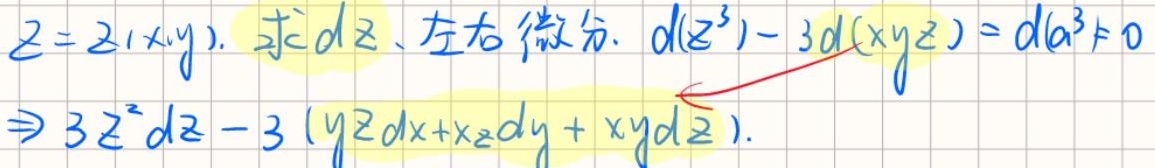
\(z = z(x,y)\). 求\(dz\). 左右微分. \(d(z^{3})-3d(xyz)=d(a^{3})\)（此处疑似\(d(a^{3}) = 0\) ，原图片 \(d(a^{3})\neq0\) 可能有误）
\(\Rightarrow3z^{2}dz-3(yzdx + xzdy+xy dz)\).